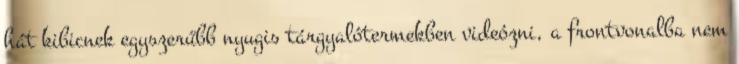
hát kibicnek egyszerűbb nyugis tárgyalótermekben videózni, a frontvonalba nem